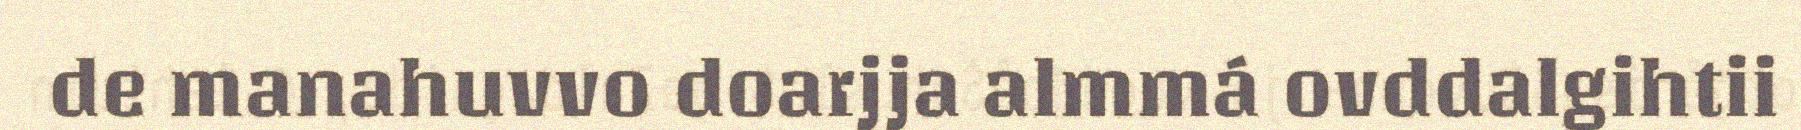
de manahuvvo doarjja almmá ovddalgihtii